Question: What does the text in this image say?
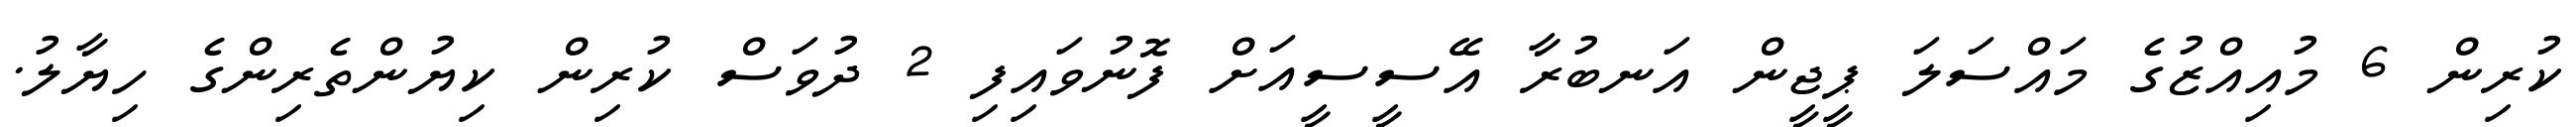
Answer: ކުރިން 6 މުއިއްޒުގެ މައްސަލަ ޕީޖީން އަނބުރާ އޭސީސީއަށް ފޮނުވައިފި 2 ދުވަސް ކުރިން ކިޔުންތެރިންގެ ހިޔާލު.